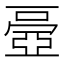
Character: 𠁏